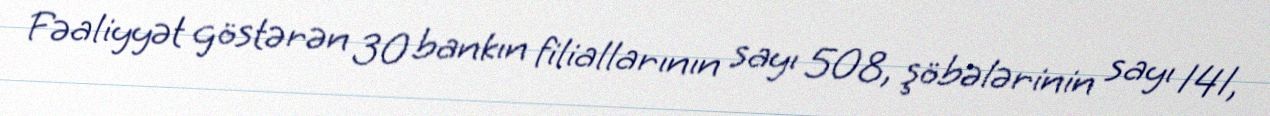
Fəaliyyət göstərən 30 bankın filiallarının sayı 508, şöbələrinin sayı 141,